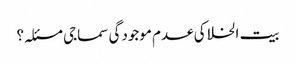
بیت الخلا کی عدم موجودگی سماجی مسئلہ؟